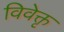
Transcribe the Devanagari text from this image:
विवेक्तृ